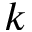
k